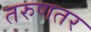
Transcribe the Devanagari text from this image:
तरुणतर